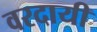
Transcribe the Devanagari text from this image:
वरदायी